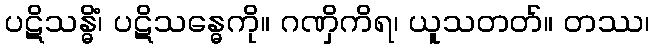
ပဋိသန္ဓိံ၊ ပဋိသန္ဓေကို။ ဂဏှိကိရ၊ ယူသတတ်။ တဿ၊